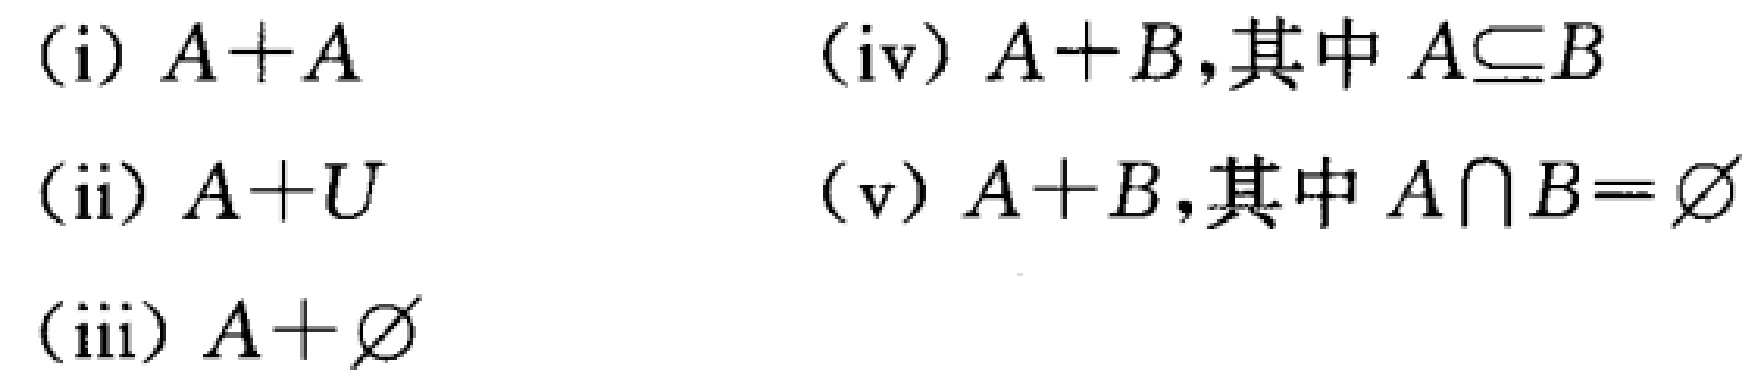
(i) \(A + A\)

(ii) \(A+U\)

(iii) \(A+\varnothing\)

(iv) \(A + B,\text{其中 }A\subseteq B\)

(v) \(A + B,\text{其中 }A\cap B=\varnothing\)